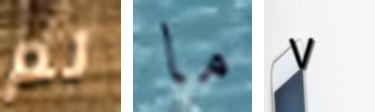
لم ما ٧